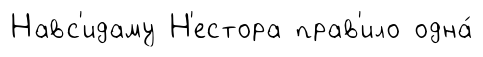
Навс'идаму Н'естора прав'ило одна́